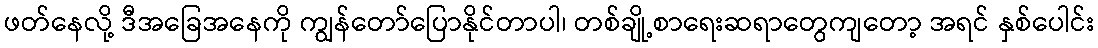
ဖတ်နေလို့ ဒီအခြေအနေကို ကျွန်တော်ပြောနိုင်တာပါ၊ တစ်ချို့စာရေးဆရာတွေကျတော့ အရင် နှစ်ပေါင်း